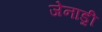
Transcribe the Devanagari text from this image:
जेनाड्री